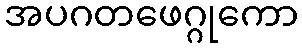
အပဂတဖေဂ္ဂုကော